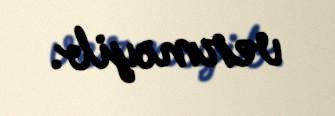
verməyib.